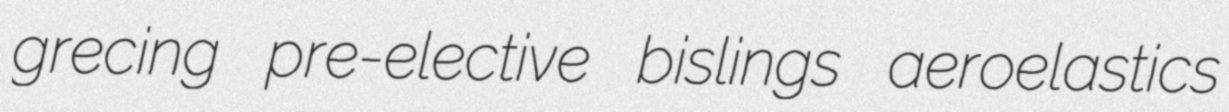
grecing pre-elective bislings aeroelastics